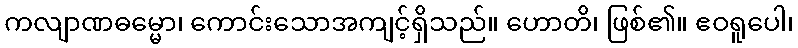
ကလျာဏဓမ္မော၊ ကောင်းသောအကျင့်ရှိသည်။ ဟောတိ၊ ဖြစ်၏။ ဧဝရူပေါ၊